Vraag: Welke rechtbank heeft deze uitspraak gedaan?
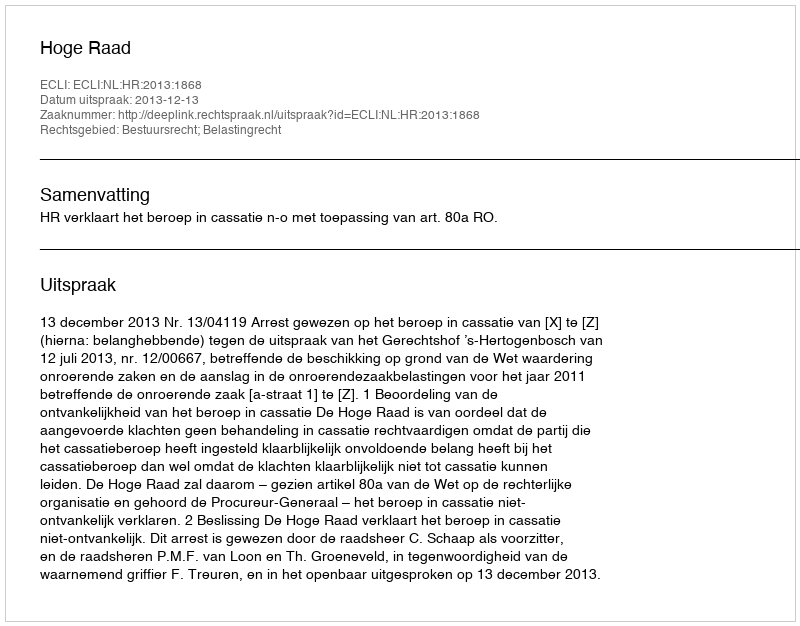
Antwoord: Hoge Raad